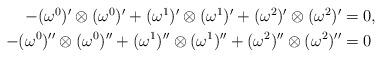
LaTeX: \begin{align*} \begin{aligned} -(\omega^0)'\otimes(\omega^0)'+(\omega^1)'\otimes(\omega^1)'+(\omega^2)'\otimes(\omega^2)'&=0,\\ -(\omega^0)''\otimes(\omega^0)''+(\omega^1)''\otimes(\omega^1)''+(\omega^2)''\otimes(\omega^2)''&=0 \end{aligned}\end{align*}